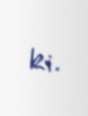
ki.